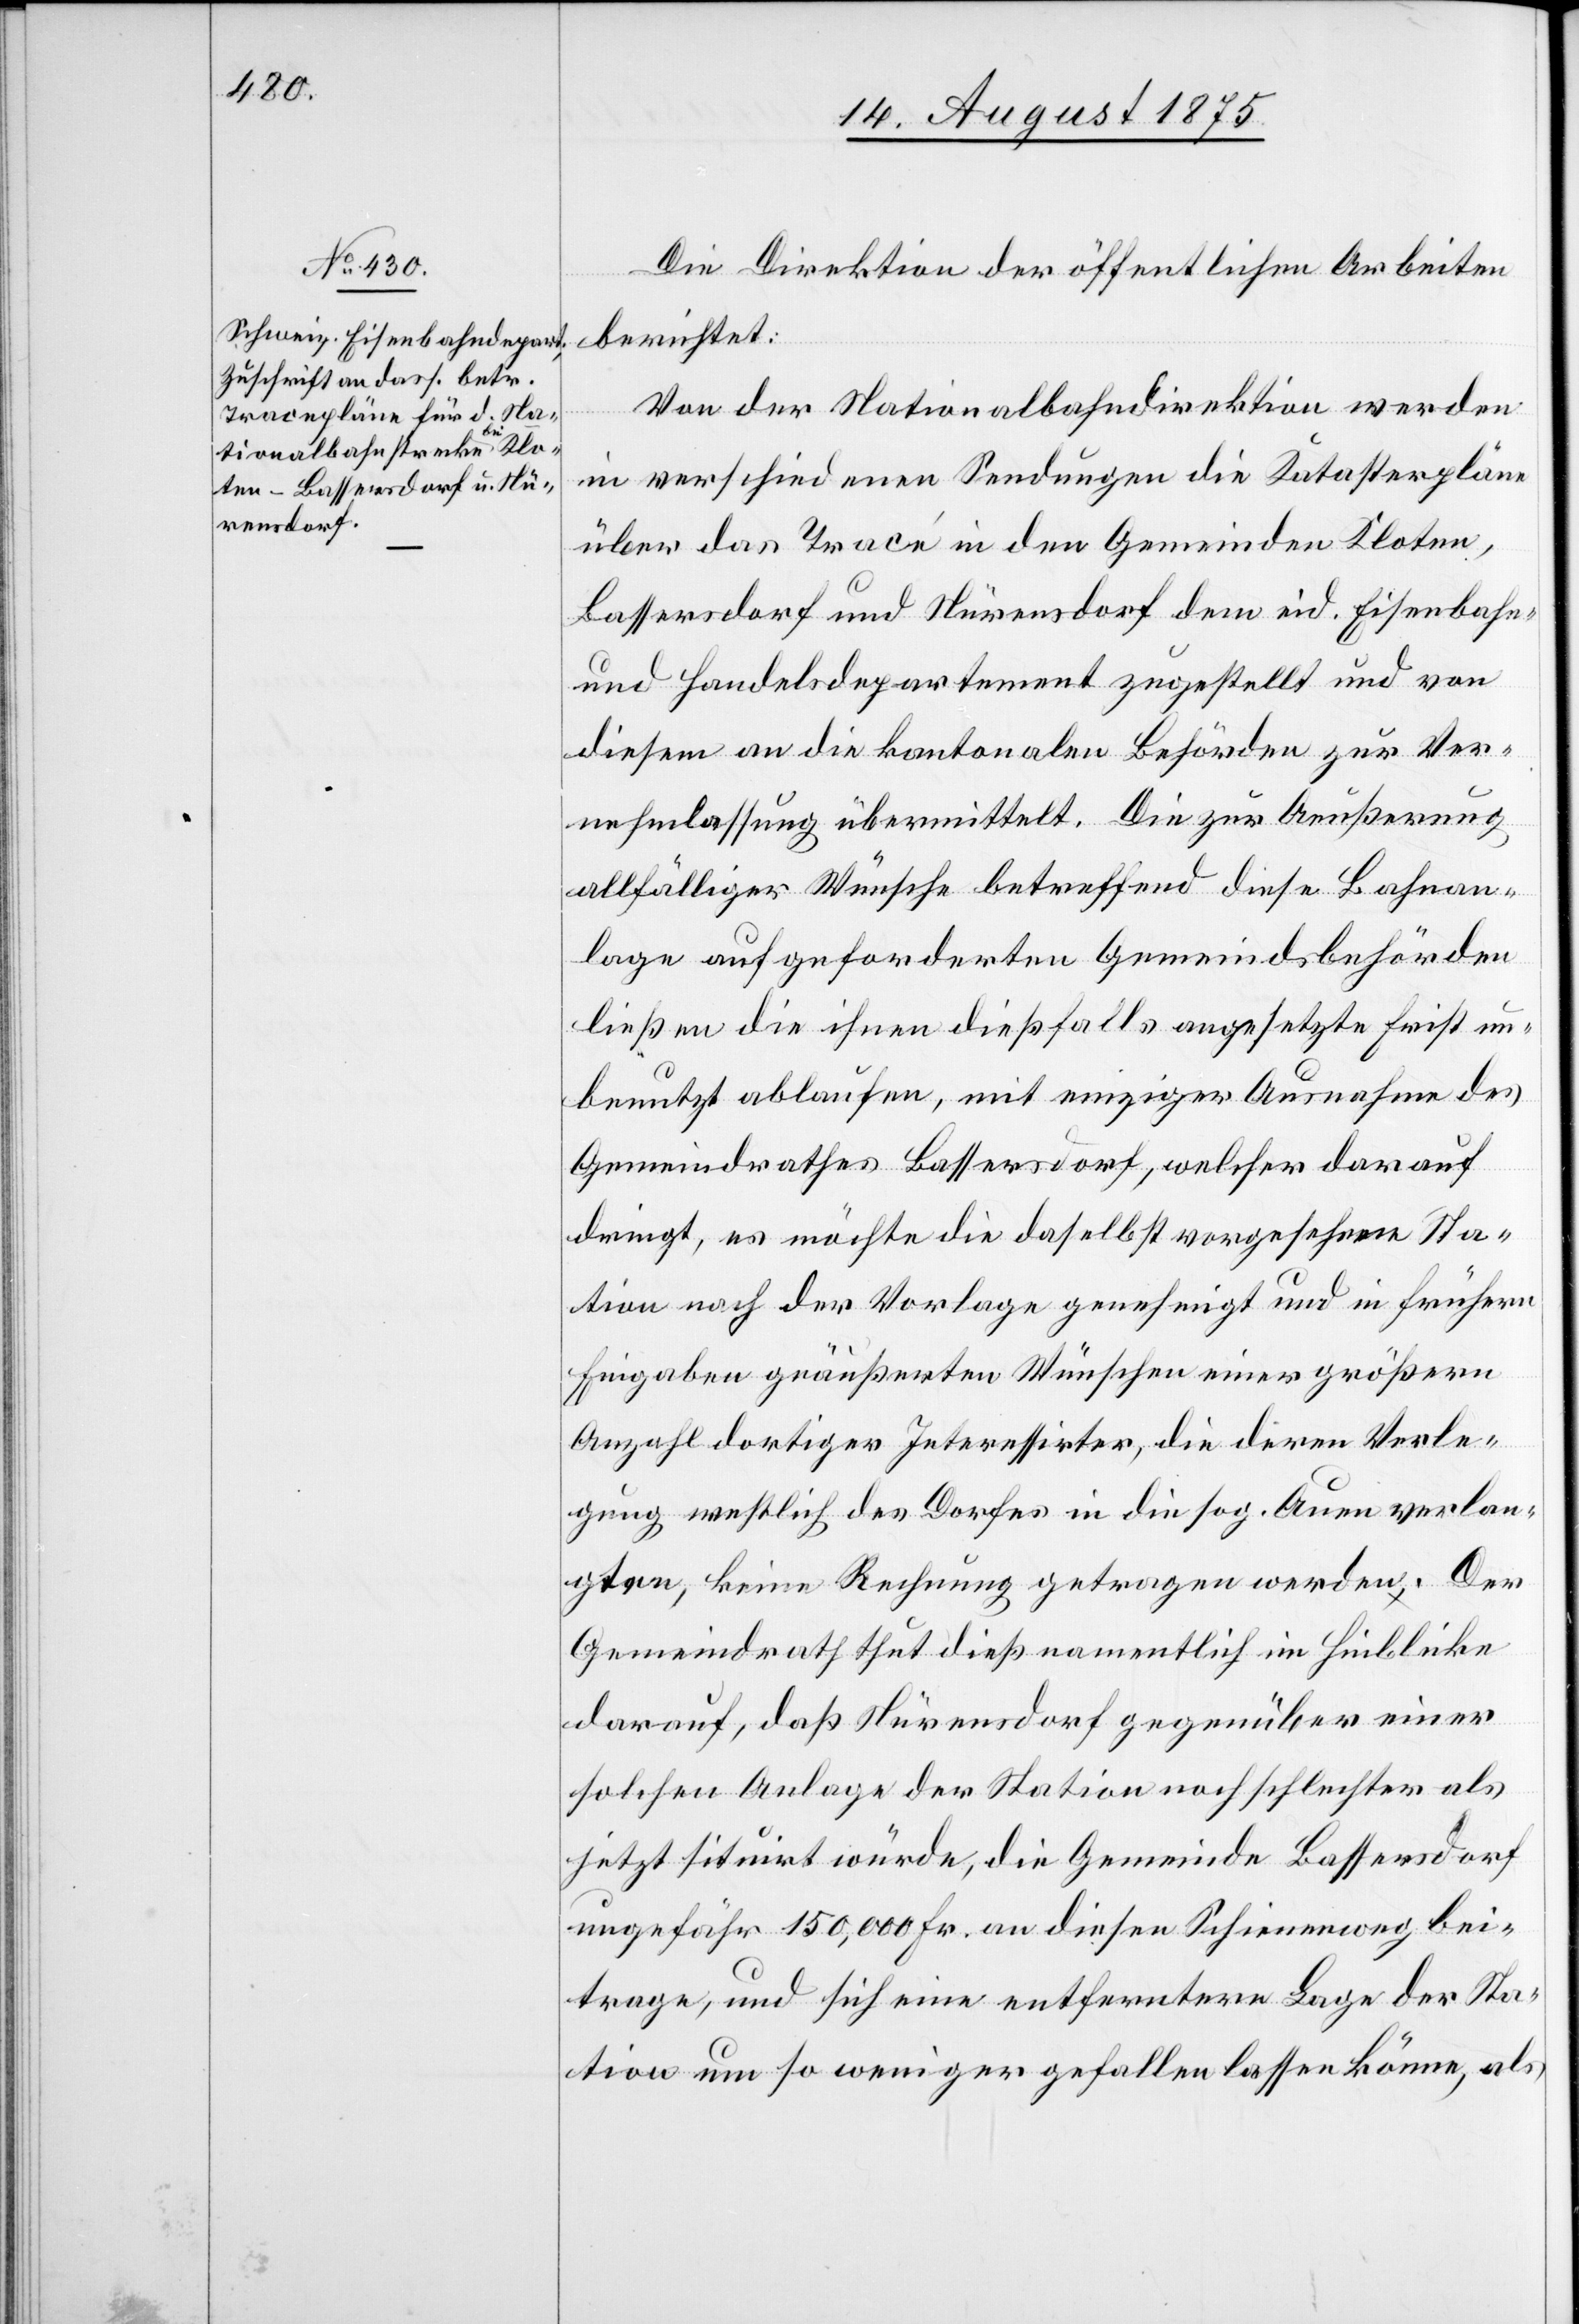
Die Direktion der öffentlichen Arbeiten
berichtet:
Von der Nationalbahndirektion werden
in verschiedenen Sendungen die Katasterpläne
über das Tracé in den Gemeinden Kloten,
Bassersdorf und Nürensdorf dem eid. Eisenbahn-
und Handelsdepartement zugestellt und von
diesem an die kantonalen Behörden zur Ver¬
nehmlassung übermittelt. Die zur Aeußerung
allfälliger Wünsche betreffend diese Bahnan¬
lage aufgeforderten Gemeindsbehörden
ließen die ihnen dießfalls angesetzte Frist un¬
benutzt ablaufen, mit einziger Ausnahme des
Gemeindrathes Bassersdorf, welcher darauf
dringt, es möchte die daselbst vorgesehene Sta¬
tion nach der Vorlage genehmigt und in frühern
Eingaben geäußerten Wünschen einer größern
Anzahl dortiger Interessirter, die deren Verle¬
gung westlich des Dorfes in die sog. Auen verlan¬
gten, keine Rechnung getragen werden. Der
Gemeindrath thut dieß namentlich im Hinblicke
darauf, daß Nürensdorf gegenüber einer
solchen Anlage der Station noch schlechter als
jetzt sistirt würde, die Gemeinde Bassersdorf
ungefähr 150,000 Fr. an diesen Schienenweg bei¬
trage, und sich eine entferntere Lage der Sta¬
tion um so weniger gefallen lassen könne, als